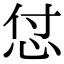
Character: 怤